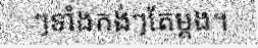
ៗទាំងកង់ៗតែម្តង។